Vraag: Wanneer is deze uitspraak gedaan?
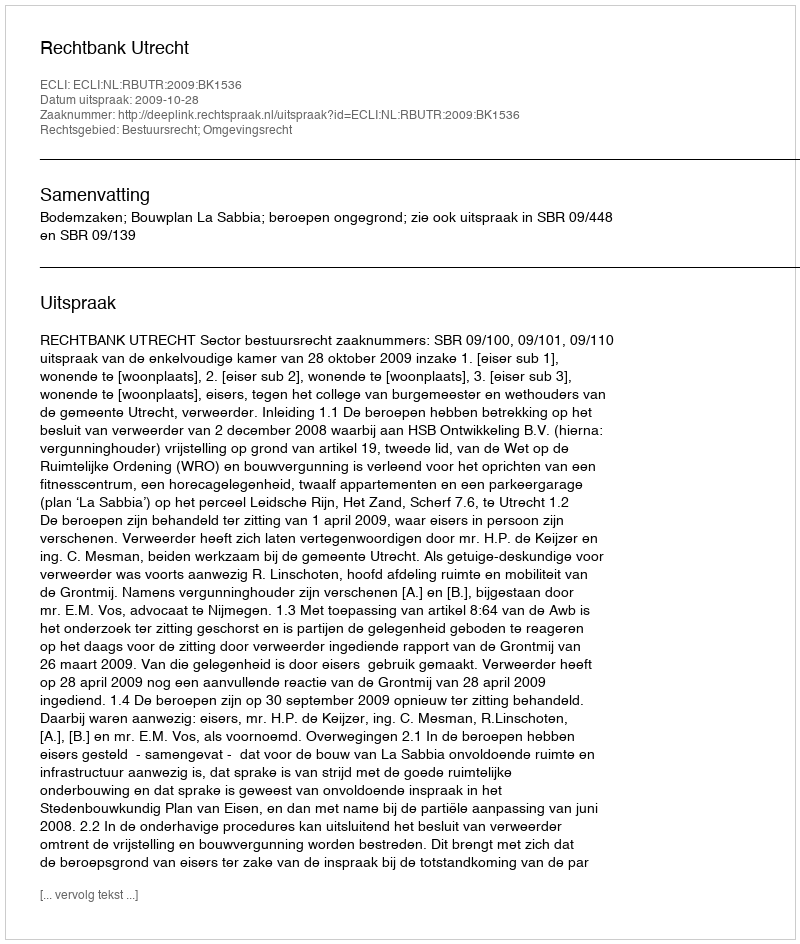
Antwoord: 2009-10-28